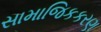
સામાજિકકરણ